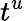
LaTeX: t^{u}